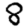
Digit: 8